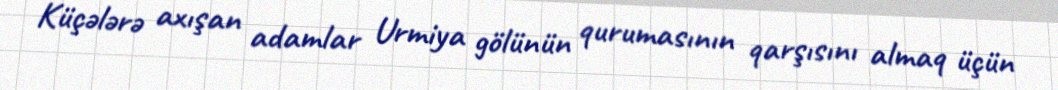
Küçələrə axışan adamlar Urmiya gölünün qurumasının qarşısını almaq üçün